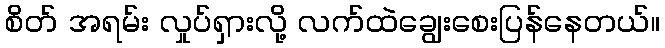
စိတ် အရမ်း လှုပ်ရှားလို့ လက်ထဲချွေးစေးပြန်နေတယ်။